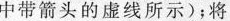
中带箭头的虚线所示)；将